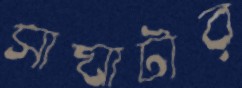
সাঘাটার